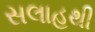
સલાહથી